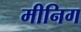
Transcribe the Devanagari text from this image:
मीनिग